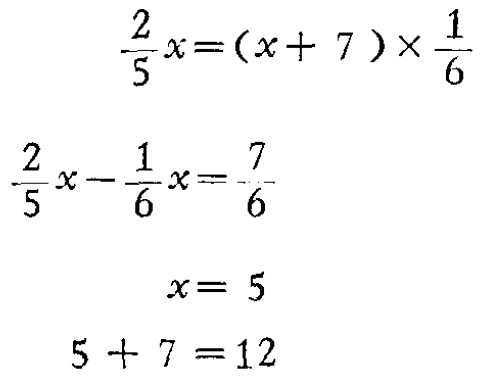
\[\begin{align*}

\frac{2}{5}x&=(x + 7)\times\frac{1}{6}\\

\frac{2}{5}x-\frac{1}{6}x&=\frac{7}{6}\\

x&= 5\\

5 + 7 &=12

\end{align*}\]